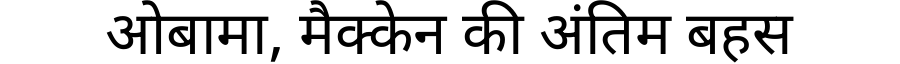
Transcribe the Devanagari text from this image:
ओबामा, मैक्केन की अंतिम बहस